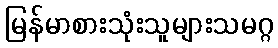
မြန်မာစားသုံးသူများသမဂ္ဂ